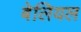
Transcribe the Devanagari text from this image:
बेलियल